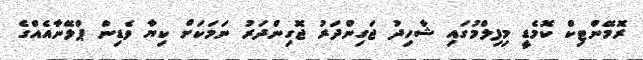
ރޮމޭންޓިކް ކޮމެޑީ މިފިލްމުގައި ޝާހިދު ޖަގިންދަރު ޖޮގިންދަރު ނަމަކަށް ކިޔާ ވެޑިން ޕްލޭނާއެއްގެ